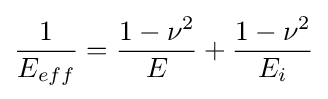
{\frac {1}{E_{eff}}}={\frac {1-\nu ^{2}}{E}}+{\frac {1-\nu ^{2}}{E_{i}}}